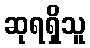
ဆုရရှိသူ